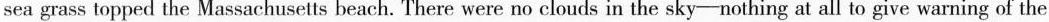
sea grass topped the Massachusetts beach. There were no clouds in the sky-nothing at all to give warning of the